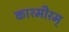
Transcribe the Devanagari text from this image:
काश्मीरम्